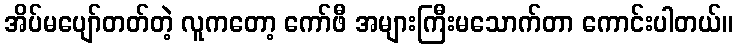
အိပ်မပျော်တတ်တဲ့ လူကတော့ ကော်ဖီ အများကြီးမသောက်တာ ကောင်းပါတယ်။